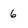
Character: 6